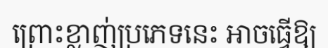
ព្រោះខ្លាញ់ប្រភេទនេះ អាចធ្វើឱ្យ